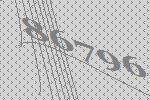
86796